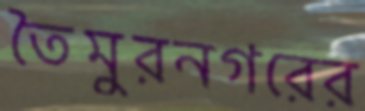
তৈমুরনগরের